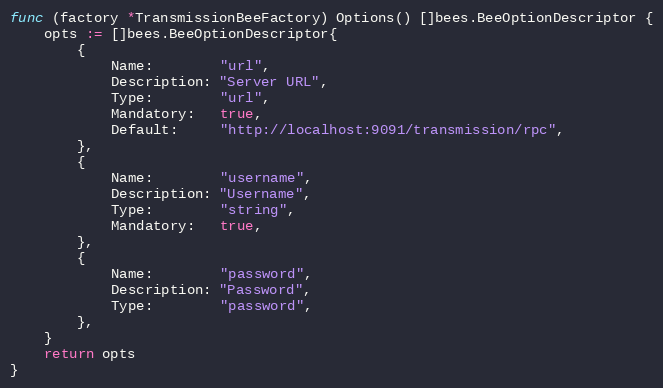
Language: Go
func (factory *TransmissionBeeFactory) Options() []bees.BeeOptionDescriptor {
	opts := []bees.BeeOptionDescriptor{
		{
			Name:        "url",
			Description: "Server URL",
			Type:        "url",
			Mandatory:   true,
			Default:     "http://localhost:9091/transmission/rpc",
		},
		{
			Name:        "username",
			Description: "Username",
			Type:        "string",
			Mandatory:   true,
		},
		{
			Name:        "password",
			Description: "Password",
			Type:        "password",
		},
	}
	return opts
}